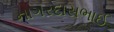
નાગરદાસભાઈ